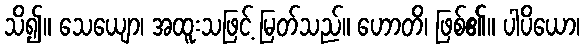
သိ၍။ သေယျော၊ အထူးသဖြင့် မြတ်သည်။ ဟောတိ၊ ဖြစ်၏။ ပါပိယော၊